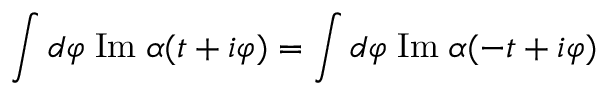
\int d \varphi \; \mathrm { I m } \; \alpha ( t + i \varphi ) = \int d \varphi \; \mathrm { I m } \; \alpha ( - t + i \varphi )